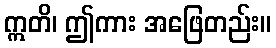
ဣတိ၊ ဤကား အဖြေတည်း။